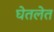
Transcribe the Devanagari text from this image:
घेतलेत